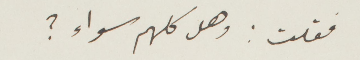
فقلت: وهل كلهم سواء؟